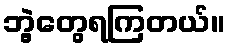
ဘွဲ့တွေရကြတယ်။